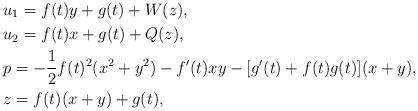
LaTeX: \begin{align*}& u_{1}=f(t)y+g(t)+W(z),\\& u_{2}=f(t)x+g(t)+Q(z),\\& p=-\frac{1}{2}f(t)^{2}(x^{2}+y^{2})-f^{\prime}(t)xy-[g^{\prime}(t)+f(t)g(t)](x+y),\\& z=f(t)(x+y)+g(t),\end{align*}